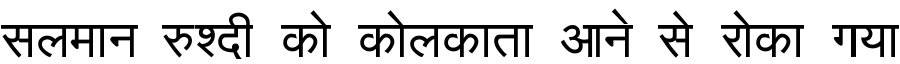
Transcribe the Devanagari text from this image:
सलमान रुश्दी को कोलकाता आने से रोका गया